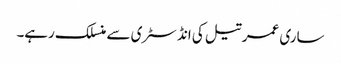
ساری عمر تیل کی انڈسٹری سے منسلک رہے۔